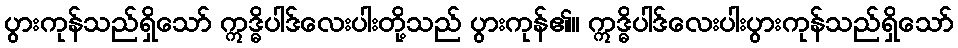
ပွားကုန်သည်ရှိသော် ဣဒ္ဓိပါဒ်လေးပါးတို့သည် ပွားကုန်၏။ ဣဒ္ဓိပါဒ်လေးပါးပွားကုန်သည်ရှိသော်